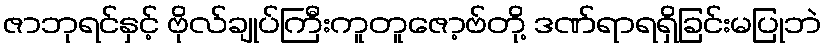
ဇာဘုရင်နှင့် ဗိုလ်ချုပ်ကြီးကူတူဇော့ဗ်တို့ ဒဏ်ရာရရှိခြင်းမပြုဘဲ